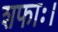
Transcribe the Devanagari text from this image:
शफाः।